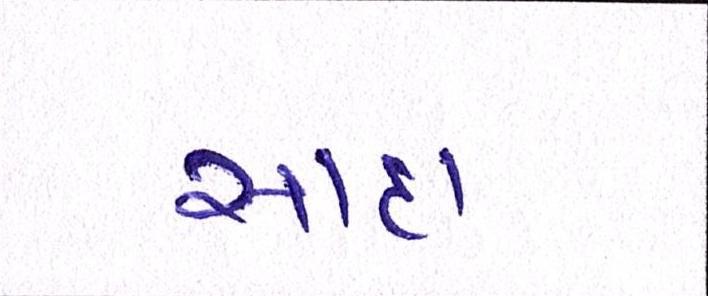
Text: સાદા